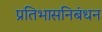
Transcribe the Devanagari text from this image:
प्रतिभासनिबंधन